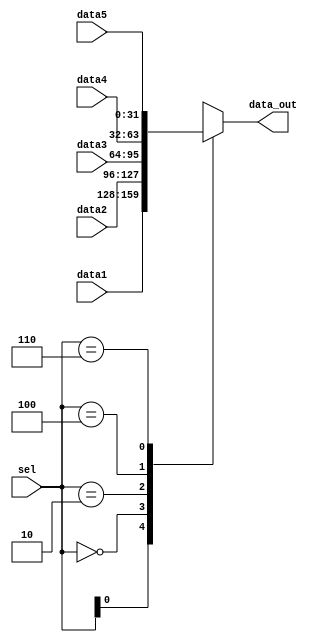
/******************************************************************/
module mux5_32(
	input [31:0] data1, data2, data3, data4, data5,
	input [2:0] sel,
	output [31:0] data_out);
	
reg [31:0] data;
always @(*)
begin
	casez(sel)
	3'b??1:data <= data1; //pc
	3'b000:data <= data2; //clock
	3'b010:data <= data3; //instr
	3'b100:data <= data4; //reg
	3'b110:data <= data5; //demem
	endcase
end

assign data_out = data;

endmodule


/******************************************************************/
//output the address of the data which demem and regfile will give out

module decoder(
	input clk, 
	input showors,
	input [6:0] sel,
	output [6:0] add_mem,
	output [4:0] add_r
	);
reg [6:0] addm;
reg [4:0] addr;
reg [6:0] count;

initial count = 0;

always @(posedge clk) 
begin
	if (showors) 
	count = count + 1;
	else 
	count = 0;
end

always @(*)
begin
	if(showors)
	begin addm = count; addr = count[4:0]; end
	else  
	begin addm = sel; addr = sel[4:0]; end
end

assign add_mem = addm;
assign add_r = addr;

endmodule


/******************************************************************/

 module sevencoder(
	input [3:0] N,
	output reg [6:0] C
	); 

always @(*) 
	case(N)
	 4'b0000 : begin C = 7'b1000000; end //0
	 4'b0001 : begin C = 7'b1111001; end //1
	 4'b0010 : begin C = 7'b0100100; end //2
	 4'b0011 : begin C = 7'b0110000; end //3
	 4'b0100 : begin C = 7'b0011001; end //4
	 4'b0101 : begin C = 7'b0010010; end //5
	 4'b0110 : begin C = 7'b0000010; end //6
	 4'b0111 : begin C = 7'b1111000; end //7
	 4'b1000 : begin C = 7'b0000000; end //8
	 4'b1001 : begin C = 7'b0011000; end //9
	 4'b1010 : begin C = 7'b0001000; end //a
	 4'b1011 : begin C = 7'b0000011; end //b
	 4'b1100 : begin C = 7'b1000110; end //c
	 4'b1101 : begin C = 7'b0100001; end //d
	 4'b1110 : begin C = 7'b0000110; end //e
	 4'b1111 : begin C = 7'b0001110; end //f
	 default : begin C = 7'b0111111; end //- 

	endcase
		
endmodule


/******************************************************************/
//the 7-digit light 

module digit_show(
	input clk,
	input [31:0] data,
	output [7:0] A,
	output [6:0] CA
	);

//wire clkn;
//wire clkm;
reg [3:0] number_show;

parameter EN1 = 8'b11111110,
          EN2 = 8'b11111101,
          EN3 = 8'b11111011,
          EN4 = 8'b11110111,
          EN5 = 8'b11101111,
          EN6 = 8'b11011111,
          EN7 = 8'b10111111,
          EN8 = 8'b01111111;

reg [2:0] Count;
wire [3:0] number_out;
reg [7:0] en;

initial
begin
Count = 0;
end


always @(posedge clk) 
begin
	Count <= Count + 1;
end

always @(*) 
begin
    case(Count)
    3'b000:
    begin
    	number_show <= data[3:0];
    	en <= EN1;
    end
    3'b001:
    begin
    	number_show <= data[7:4];
    	en <= EN2;
    end
    3'b010:
    begin
    	number_show <= data[11:8];
    	en <= EN3;
    end
    3'b011:
    begin
    	number_show <= data[15:12];
    	en <= EN4;
    end
    3'b100:
    begin
    	number_show <= data[19:16];
    	en <= EN5;
    end
    3'b101:
    begin
    	number_show <= data[23:20];
    	en <= EN6;
    end
    3'b110:
    begin
    	number_show <= data[27:24];
    	en <= EN7;
    end
    3'b111:
    begin
    	number_show <= data[31:28];
    	en <= EN8;
    end
    endcase
end


assign number_out = number_show ;
assign A = en;

sevencoder showcode(number_out, CA);


endmodule

/******************************************************************/


module show(
	input clkf,
	input clks,
	input [31:0] instr, clkinfo, memdata, regdata, pcinfo,
	input [15:0] sign, //the signal led output
	input [11:0] sw,
	output [6:0] mem_sl,
	output [4:0] reg_sl,
	output [15:0] led,
	output [7:0] En,
	output [6:0] CA
	);
wire [31:0] d;
mux5_32 datashow_mux(pcinfo, clkinfo, instr, regdata, memdata, sw[11:9], d);
decoder add_decoder(clks, sw[8], sw[7:1], mem_sl, reg_sl);
digit_show show_(clkf, d, En, CA);

assign led = sign;

endmodule

/******************************************************************/